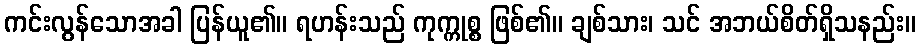
ကင်းလွန်သောအခါ ပြန်ယူ၏။ ရဟန်းသည် ကုက္ကုစ္စ ဖြစ်၏။ ချစ်သား၊ သင် အဘယ်စိတ်ရှိသနည်း။